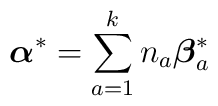
{\mbox{\boldmath $\alpha$}}^* =  \sum_{a=1}^k  n_a {{\mbox{\boldmath $\beta$}}_a^*}